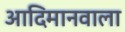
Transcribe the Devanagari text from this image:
आदिमानवाला